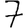
Digit: 7